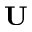
\mathbf { U }